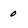
Character: 0